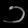
Digit: ၁